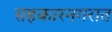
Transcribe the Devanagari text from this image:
सहकारनगरात